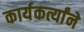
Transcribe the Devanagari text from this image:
कार्यकर्त्यांने